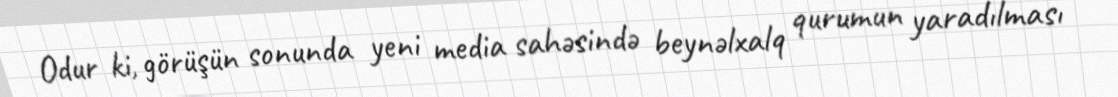
Odur ki, görüşün sonunda yeni media sahəsində beynəlxalq qurumun yaradılması